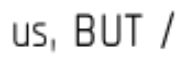
us, BUT /